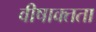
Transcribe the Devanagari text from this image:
वीषाक्तता